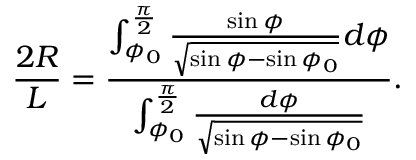
\frac { 2 R } { L } = \frac { \int _ { \phi _ { 0 } } ^ { \frac { \pi } { 2 } } \frac { \sin \phi } { \sqrt { \sin \phi - \sin \phi _ { 0 } } } d \phi } { \int _ { \phi _ { 0 } } ^ { \frac { \pi } { 2 } } \frac { d \phi } { \sqrt { \sin \phi - \sin \phi _ { 0 } } } } .